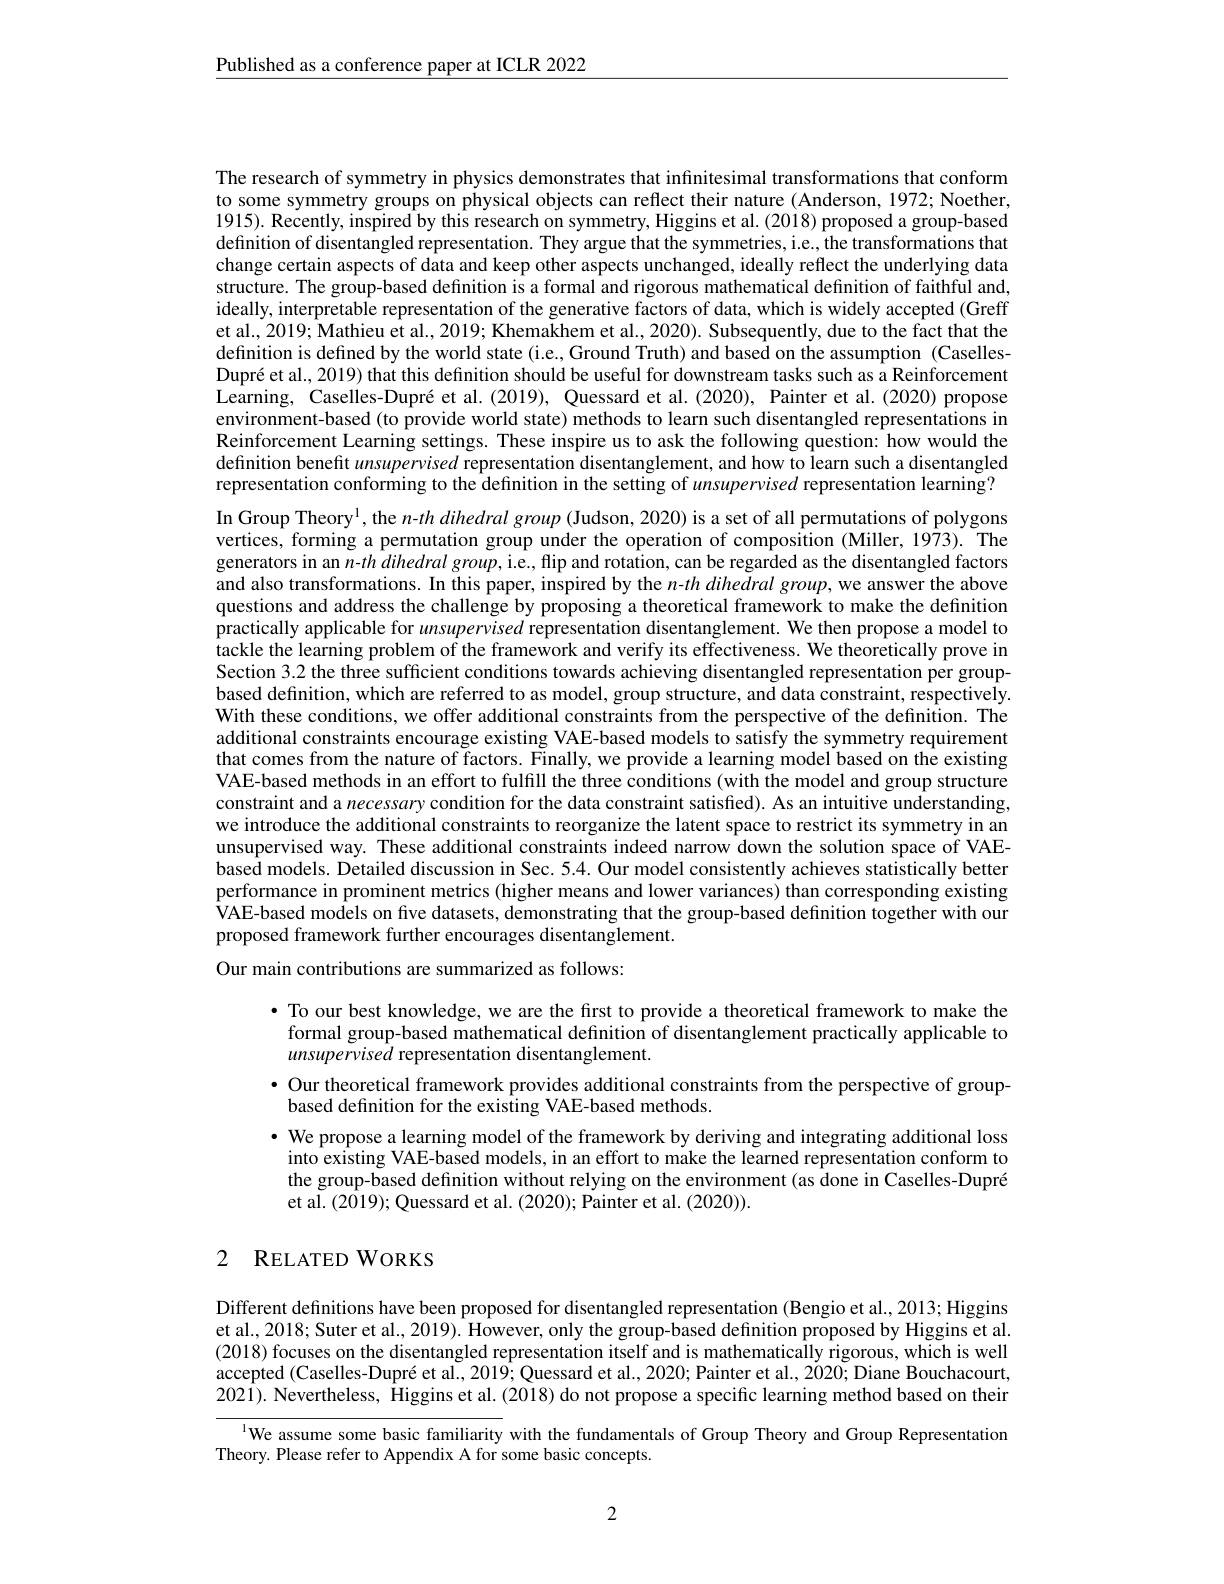
$\underline{\text{Published as a conference paper at ICLR 2022}}$

The research of symmetry in physics demonstrates that infnitesimal transformations that conform to some symmetry groups on physical objects can reflect their nature (Anderson, 1972; Noether, 1915). Recently, inspired by this research on symmetry, Higgins et al. (2018) proposed a group-based definition of disentangled representation. They argue that the symmetries, i.e., the transformations that change certain aspects of data and keep other aspects unchanged, ideally reflect the underlying data structure. The group-based definition is a formal and rigorous mathematical definition of faithful and, ideally, interpretable representation of the generative factors of data, which is widely accepted (Greff et al., 2019; Mathieu et al., 2019; Khemakhem et al., 2020). Subsequently, due to the fact that the definition is defined by the world state (i.e., Ground Truth) and based on the assumption (CasellesDupré et al., 2019) that this definition should be useful for downstream tasks such as a Reinforcement Learning, Caselles-Dupré et al.(2019), Quessard et al.(2020), Painter et al.(2020) propose environment-based (to provide world state) methods to learn such disentangled representations in Reinforcement Learning settings. These inspire us to ask the following question: how would the definition benefit unsupervised representation disentanglement, and how to learn such a disentangled representation conforming to the definition in the setting of unsupervised representation learning? In Group Theory$^1$, the $n- th\textit{dihedral group ( Judson, 2020) is a set of all permutations of polygons}$ vertices, forming a permutation group under the operation of composition (Miller, 1973). The generators in an $n- th\textit{dihedral group, i. e. , flip and rotation, can be regarded as the disentangled factors}$ and also transformations. In this paper, inspired by the $n- th\textit{dihedralgroup, we answer the above}$ questions and address the challenge by proposing a theoretical framework to make the definition $\hat{\text{practically applicable for unsupervised representation disentanglement. We then propose a model to}}$ tackle the learning problem of the framework and verify its effectiveness. We theoretically prove in Section 3.2 the three sufficient conditions towards achieving disentangled representation per groupbased definition, which are referred to as model, group structure, and data constraint, respectively. With these conditions, we offer additional constraints from the perspective of the definition. The additional constraints encourage existing VAE-based models to satisfy the symmetry requirement that comes from the nature of factors. Finally, we provide a learning model based on the existing VAE-based methods in an effort to fulfill the three conditions (with the model and group structure constraint and a necessary condition for the data constraint satisfied). As an intuitive understanding, we introduce the additional constraints to reorganize the latent space to restrict its symmetry in an unsupervised way. These additional constraints indeed narrow down the solution space of VAEbased models. Detailed discussion in Sec. 5.4. Our model consistently achieves statistically better performance in prominent metrics (higher means and lower variances) than corresponding existing $\hat{\text{VAE-based models on five datasets, demonstrating that the group-based definition together with our}}$ proposed framework further encourages disentanglement.
Our main contributions are summarized as follows:

$\bullet$ To our best knowledge, we are the first to provide a theoretical framework to make the
formal group-based mathematical definition of disentanglement practically applicable to
unsupervised representation disentanglement.
$\bullet$ Our theoretical framework provides additional constraints from the perspective of group-
based definition for the existing VAE-based methods.
$\cdot$ We propose a learning model of the framework by deriving and integrating additional loss into existing VAE-based models, in an effort to make the learned representation conform to the group-based definition without relying on the environment (as done in Caselles-Dupré et al. (2019); Quessard et al. (2020); Painter et al. (2020)).

# 2 RELATED WORKS

Different defnitions have been proposed for disentangled representation (Bengio et al., 2013; Higgins et al., 2018; Suter et al., 2019). However, only the group-based definition proposed by Higgins et al. (2018) focuses on the disentangled representation itself and is mathematically rigorous, which is well accepted (Caselles-Dupré et al., 2019; Quessard et al., 2020; Painter et al., 2020; Diane Bouchacourt, 2021). Nevertheless, Higgins et al. (2018) do not propose a specific learning method based on their

l We assume some basic familiarity with the fundamentals of Group Theory and Group Representation
Theory. Please refer to Appendix A for some basic concepts.

2